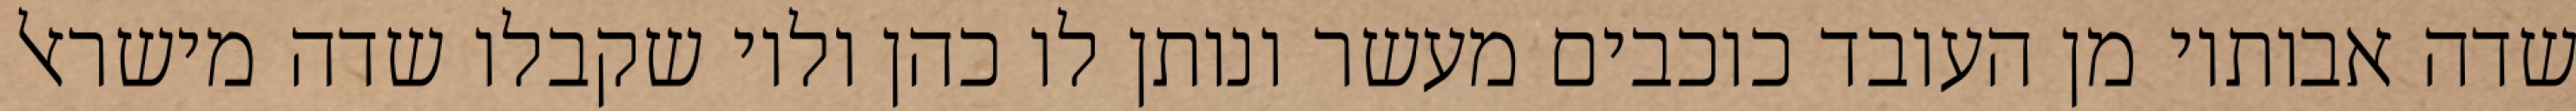
שדה אבותיו מן העובד כוכבים מעשר ונותן לו כהן ולוי שקבלו שדה מישראל